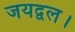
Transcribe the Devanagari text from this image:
जयद्वल।